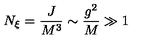
N _ { \xi } = { \frac { J } { M ^ { 3 } } } \sim { \frac { g ^ { 2 } } { M } } \gg 1